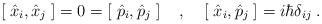
LaTeX: \begin{align*}[\;\hat{x}_i,\hat{x}_j\;] =0 =[\;\hat{p}_i,\hat{p}_j\;]\;\;\;\;,\;\;\;\; [\;\hat{x}_i,\hat{p}_j\;] =i\hbar\delta_{ij}\;.\end{align*}